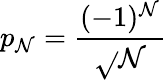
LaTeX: p_{\mathcal{N}}={\frac{{(-1)^{\mathcal{N}}}}{{\sqrt{}{{\mathcal{N}}}}}}